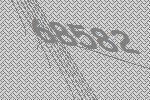
68582